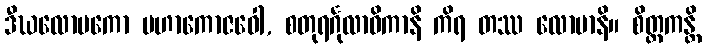
ဒီဃလောမကော မဟာကောဇဝေါ, စတုရင်္ဂုလာဓိကာနိ ကိရ တဿ လောမာနိ။ စိတ္တကန္တိ